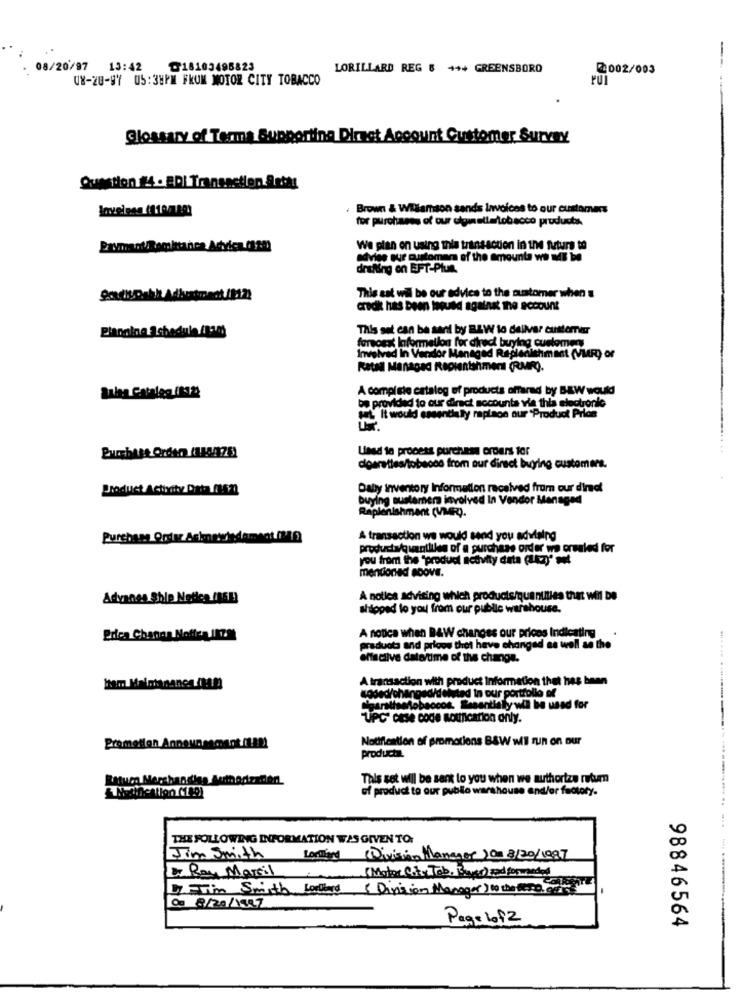
--
08/20/97 13:42
@18103495823
LORILLARD REG $ +++ GREENSBORO
2002/003
UX-28-97 05:38PM FKUM MOTOR CITY TOBACCO
Glossary of Terms Supporting Direct Account Customer Survey
Question #4 . BDI Transaction Secar
Brown & Wiliamson sands Invoices to our customers
for purchases of our cigielletobacco products
We plan on using this transaction in the futurs to
advies our customers of the amounta we wil be
drafting on EFT-Plus.
This est wil be our advice to the customer when a
credik has been toguld against the account
This sat can be sani by BAW to deliver customer
forsonst Information for direct buying customer
Involved In Vendor Managed Replenishmast (VMRO or
Katal Managed Replenishment (RMRQ.
Sales Catalog (M2)
A complete catalog of products offarad by B&W would
be provided to our direct accounts via this electronic
set It would essentially raplaon our Product Pride
Used to process purchase orders for
doaretles/tobacco from our direct buying customers.
Product Activity Data_01521
Daby inventory Information received from our d'indi
buying susternera involved In Vendor Managed
Replenishment (VMR).
A transaction we would send you advaing
products/quantities of a purchase order we created for
you from the "produc scovity data (Uczy' mit
mentioned moove.
Adyanes Ship Notice /851)
A notice advising which products/que nulties that will be
shipped lo you from our public warehouse.
A notice when B&W changes our prices Indicating
praducta and pricos that have changed as well as the
effective date/time of the change.
A transaction with product Information that has been
anosdideleted In our portfolio of
obaocos. Seeentially will be used for
"UPC cese code acxification only.
Notiflestion of promotions B&W WI run on our
Promotion Annaunsmant (142)
products.
Ratura Merchandise Jemmadreden
This set will be sent to you when we authorize retum
of product to our publio warshouse and/or factoty.
THE FOLLOWING INFORMATION WAS GIVEN TO:
Jim Smith
(Motor City Tob, Bayer) zad forwarded
2 Ray Marsil
DIETim Smith Lothers
( Division Manager) to the Westo.
De 8/20/1997
Page lofz
98846564